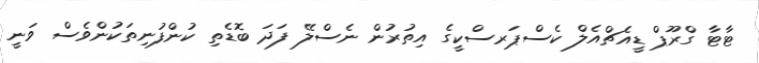
ޓާޓާ ގްރޫޕް ޑީއެޗްއެލް ކެސްޕަރސްކީގެ އިތުރުން ނެސްލޭ ފަދަ ބޮޑެތި ކުންފުނިތަކުންވެސް ވަނީ